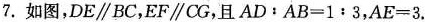
7.如图,DE\parallel BC,EF\parallel CG,且$$A D ： A B = 1 ： 3$$,$$A E = 3$$.